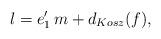
LaTeX: \begin{align*}l=e'_1 \,m +d_{Kosz} (f),\end{align*}